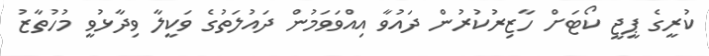
ކުރީގެ ޕީޖީ ކޯޓަށް ހާޒިރުކުރުން ދައުވާ އިއްވަވަމުން ދައުލަތުގެ ވަކީލާ ވިދާޅުވީ މުހުތާޒު